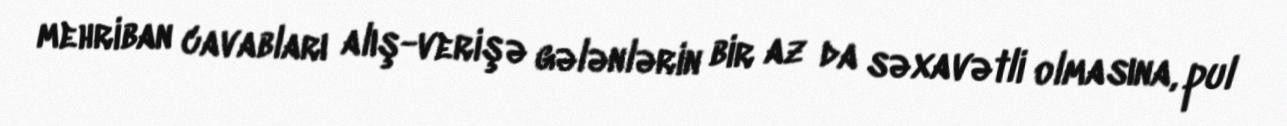
mehriban cavabları alış-verişə gələnlərin bir az da səxavətli olmasına, pul